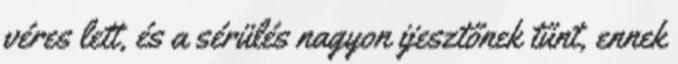
véres lett, és a sérülés nagyon ijesztőnek tűnt, ennek